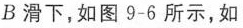
B 滑下，如图 9-6 所示，如